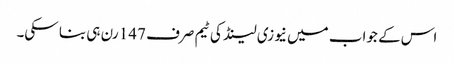
اس کے جواب میں نیوزی لینڈ کی ٹیم صرف 147 رن ہی بنا سکی۔